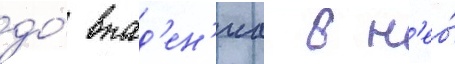
до́ впад'ен'иа в н'ео́